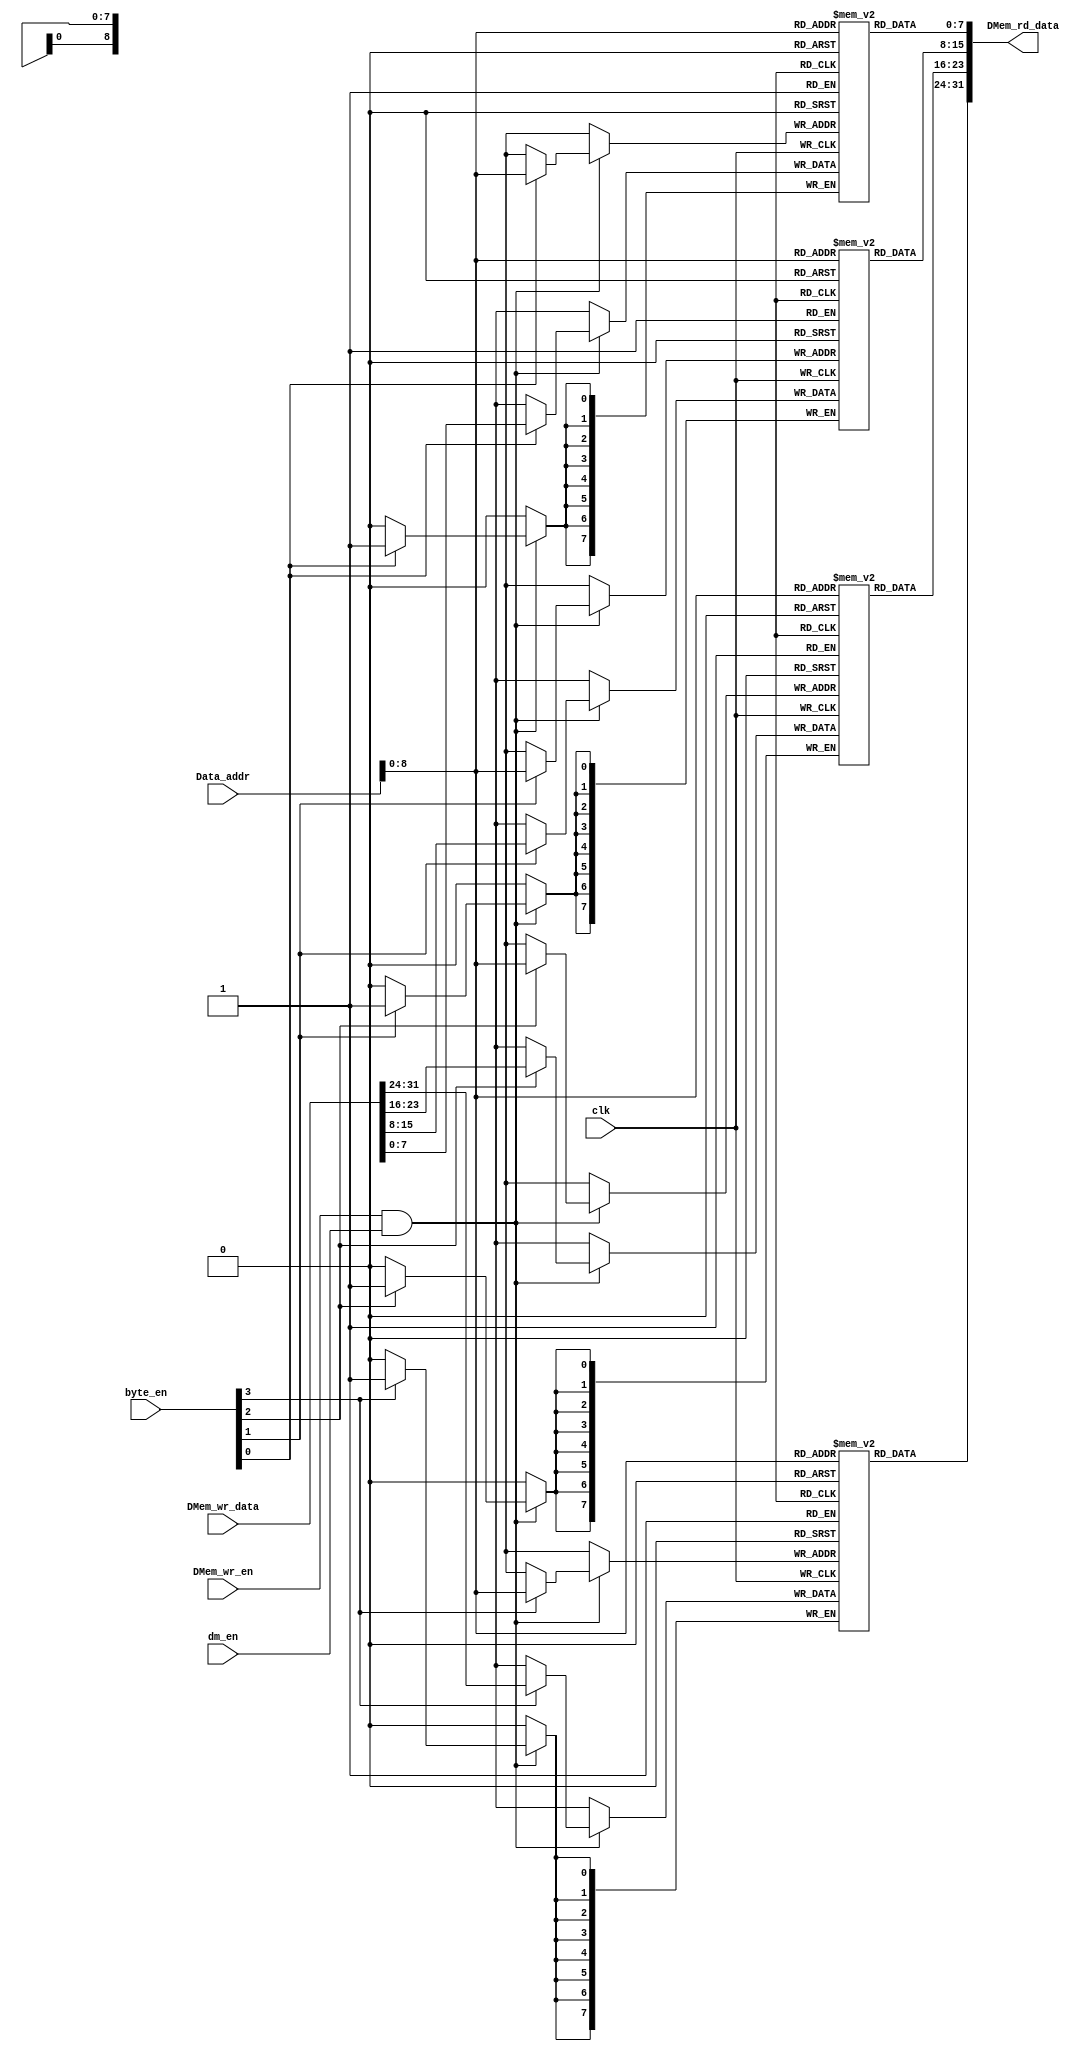
`default_nettype none
`timescale 1ns / 1ps

module Data_mem(
    input wire clk, DMem_wr_en, dm_en,
    input wire[3:0] byte_en,
    input wire[31:0] Data_addr,
    input wire[31:0] DMem_wr_data,
    output wire[31:0] DMem_rd_data 
    );     
    
    parameter DMem_size = 2048;
    
    reg[7:0] DMem0[(DMem_size/4)-1:0];
    reg[7:0] DMem1[(DMem_size/4)-1:0];
    reg[7:0] DMem2[(DMem_size/4)-1:0];
    reg[7:0] DMem3[(DMem_size/4)-1:0];
    
    integer i,j;
    initial begin
     //integer i,j,k,l;
     //DMem0[0]=0;DMem1[0]=1;DMem2[0]=0;DMem3[0]=0;
     for(i=0;i<=((DMem_size/4)-1);i=i+1)begin
      j = i*4;
      DMem0[i]=j;
      DMem1[i]=j+1;
      DMem2[i]=j+2;
      DMem3[i]=j+3;
     end
    end
        
    //synchronous memory write 
    always @(posedge clk)begin
     if(DMem_wr_en && dm_en)begin
      if(byte_en[0])DMem0[Data_addr] <= DMem_wr_data[07:00];
      if(byte_en[1])DMem1[Data_addr] <= DMem_wr_data[15:08];
      if(byte_en[2])DMem2[Data_addr] <= DMem_wr_data[23:16];
      if(byte_en[3])DMem3[Data_addr] <= DMem_wr_data[31:24]; 
     end
    end 
    //asynchronous memory read
    assign DMem_rd_data = {DMem3[Data_addr],DMem2[Data_addr],DMem1[Data_addr],DMem0[Data_addr]};
endmodule